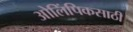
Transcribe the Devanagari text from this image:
ओलिंपिकसाठी